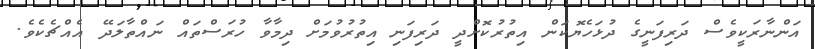
އަންނާރަކީވެސް ދަރިފަނީގެ ދުޅަހެޔޮކަން އިތުރުކޮށްދީ ދަރިފަނި އިތުރުވުމަށް ދިމާވާ ހުރަސްތައް ނައްތާލަދޭ އެއްޗެކެވެ.